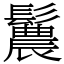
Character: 鬞